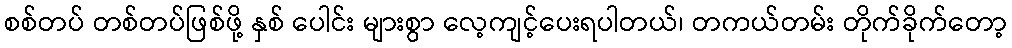
စစ်တပ် တစ်တပ်ဖြစ်ဖို့ နှစ် ပေါင်း များစွာ လေ့ကျင့်ပေးရပါတယ်၊ တကယ်တမ်း တိုက်ခိုက်တော့